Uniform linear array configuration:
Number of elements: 32
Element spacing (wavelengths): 0.25
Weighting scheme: uniform
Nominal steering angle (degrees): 0
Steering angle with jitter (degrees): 1.49
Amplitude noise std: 0.05
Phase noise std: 0.05

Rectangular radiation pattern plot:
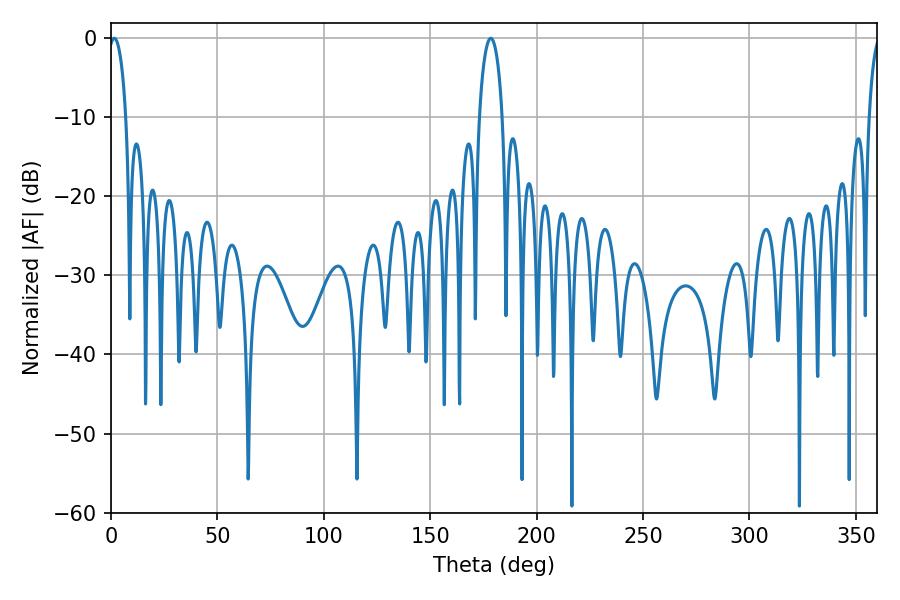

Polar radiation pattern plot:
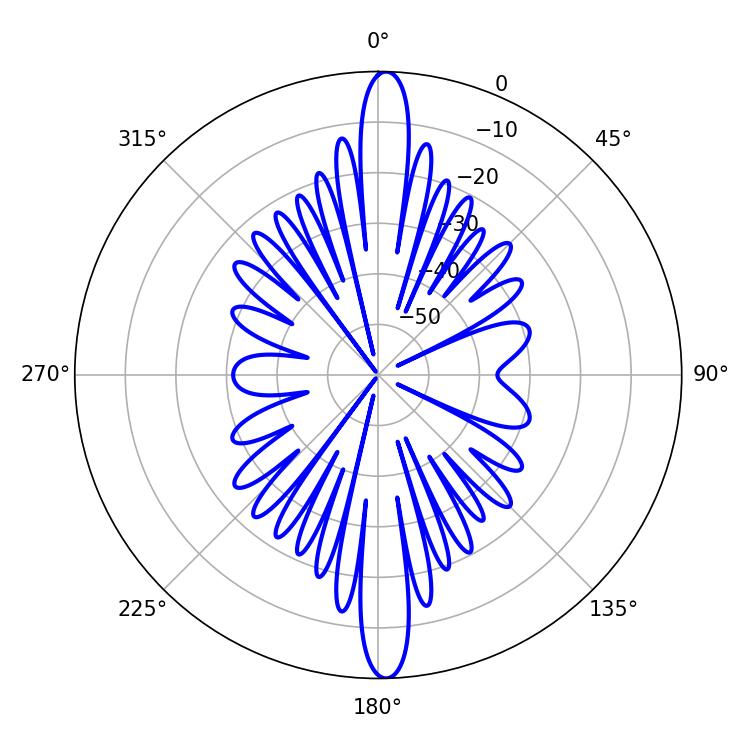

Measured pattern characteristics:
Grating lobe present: FALSE
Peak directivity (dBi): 25.111
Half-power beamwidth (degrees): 4.68
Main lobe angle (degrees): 1.62